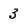
Character: 3